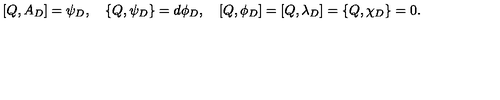
[ Q , A _ { D } ] = \psi _ { D } , \quad \{ Q , \psi _ { D } \} = d \phi _ { D } , \quad [ Q , \phi _ { D } ] = [ Q , \lambda _ { D } ] = \{ Q , \chi _ { D } \} = 0 .